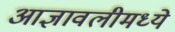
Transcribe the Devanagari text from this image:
आज्ञावलीमध्ये